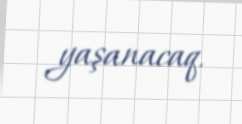
yaşanacaq.